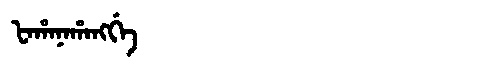
Manchu: ᡶᠠᡥᠠᠨᠠᡥᠠᠩᡤᡝ
Romanization: FAHANAHANGGE